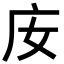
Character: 𢇘